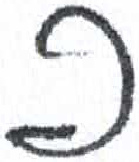
אות: פ